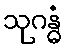
သုဂန္ဓံ